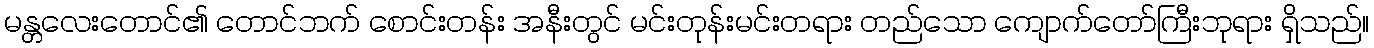
မန္တလေးတောင်၏ တောင်ဘက် စောင်းတန်း အနီးတွင် မင်းတုန်းမင်းတရား တည်သော ကျောက်တော်ကြီးဘုရား ရှိသည်။